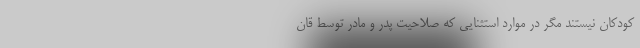
کودکان نیستند مگر در موارد استثنایی که صلاحیت پدر و مادر توسط قان